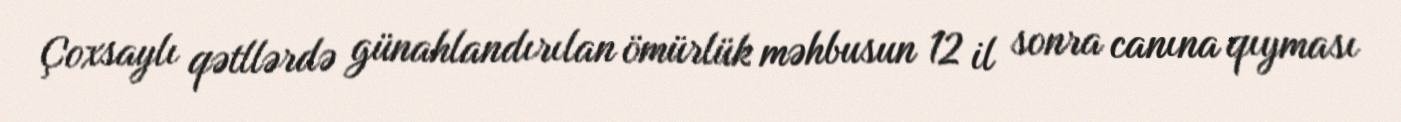
Çoxsaylı qətllərdə günahlandırılan ömürlük məhbusun 12 il sonra canına qıyması